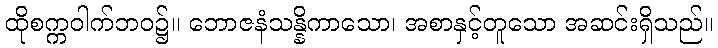
ထိုစက္ကဝါက်ဘဝ၌။ ဘောဇနံသန္နိကာသော၊ အစာနှင့်တူသော အဆင်းရှိသည်။